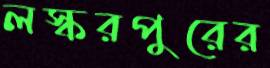
লস্করপুরের